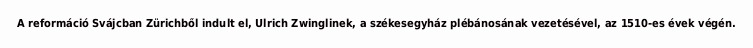
A reformáció Svájcban Zürichből indult el, Ulrich Zwinglinek, a székesegyház plébánosának vezetésével, az 1510-es évek végén.